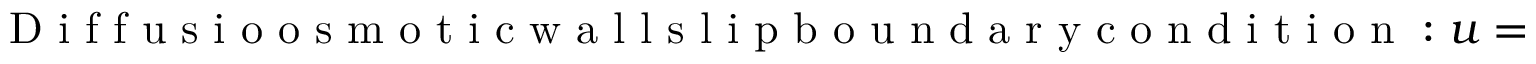
\mathrm { ~ D ~ i ~ f ~ f ~ u ~ s ~ i ~ o ~ o ~ s ~ m ~ o ~ t ~ i ~ c ~ w ~ a ~ l ~ l ~ s ~ l ~ i ~ p ~ b ~ o ~ u ~ n ~ d ~ a ~ r ~ y ~ c ~ o ~ n ~ d ~ i ~ t ~ i ~ o ~ n ~ : ~ } u = \frac { \Gamma _ { w } } { D _ { s } } \frac { \partial \ln c } { \partial x } ~ \mathrm { ~ a ~ t ~ } ~ y = \pm \frac { 1 } { 2 } .